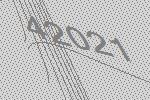
42021